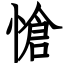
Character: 愴